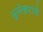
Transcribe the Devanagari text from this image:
भुलेश्वराचे